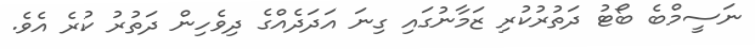
ނަސީމްބެ ބޯޓު ދަތުރުކުރި ޒަމާނުގައި ގިނަ އަދަދެއްގެ ދިވެހިން ދަތުރު ކުރެ އެވެ.